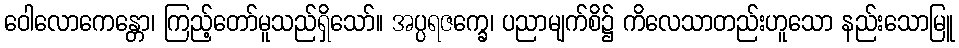
ဝေါလောကေန္တော၊ ကြည့်တော်မူသည်ရှိသော်။ အပ္ပရဇက္ခေ၊ ပညာမျက်စိ၌ ကိလေသာတည်းဟူသော နည်းသောမြူ